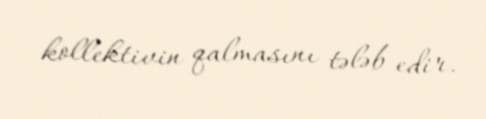
kollektivin qalmasını tələb edir.